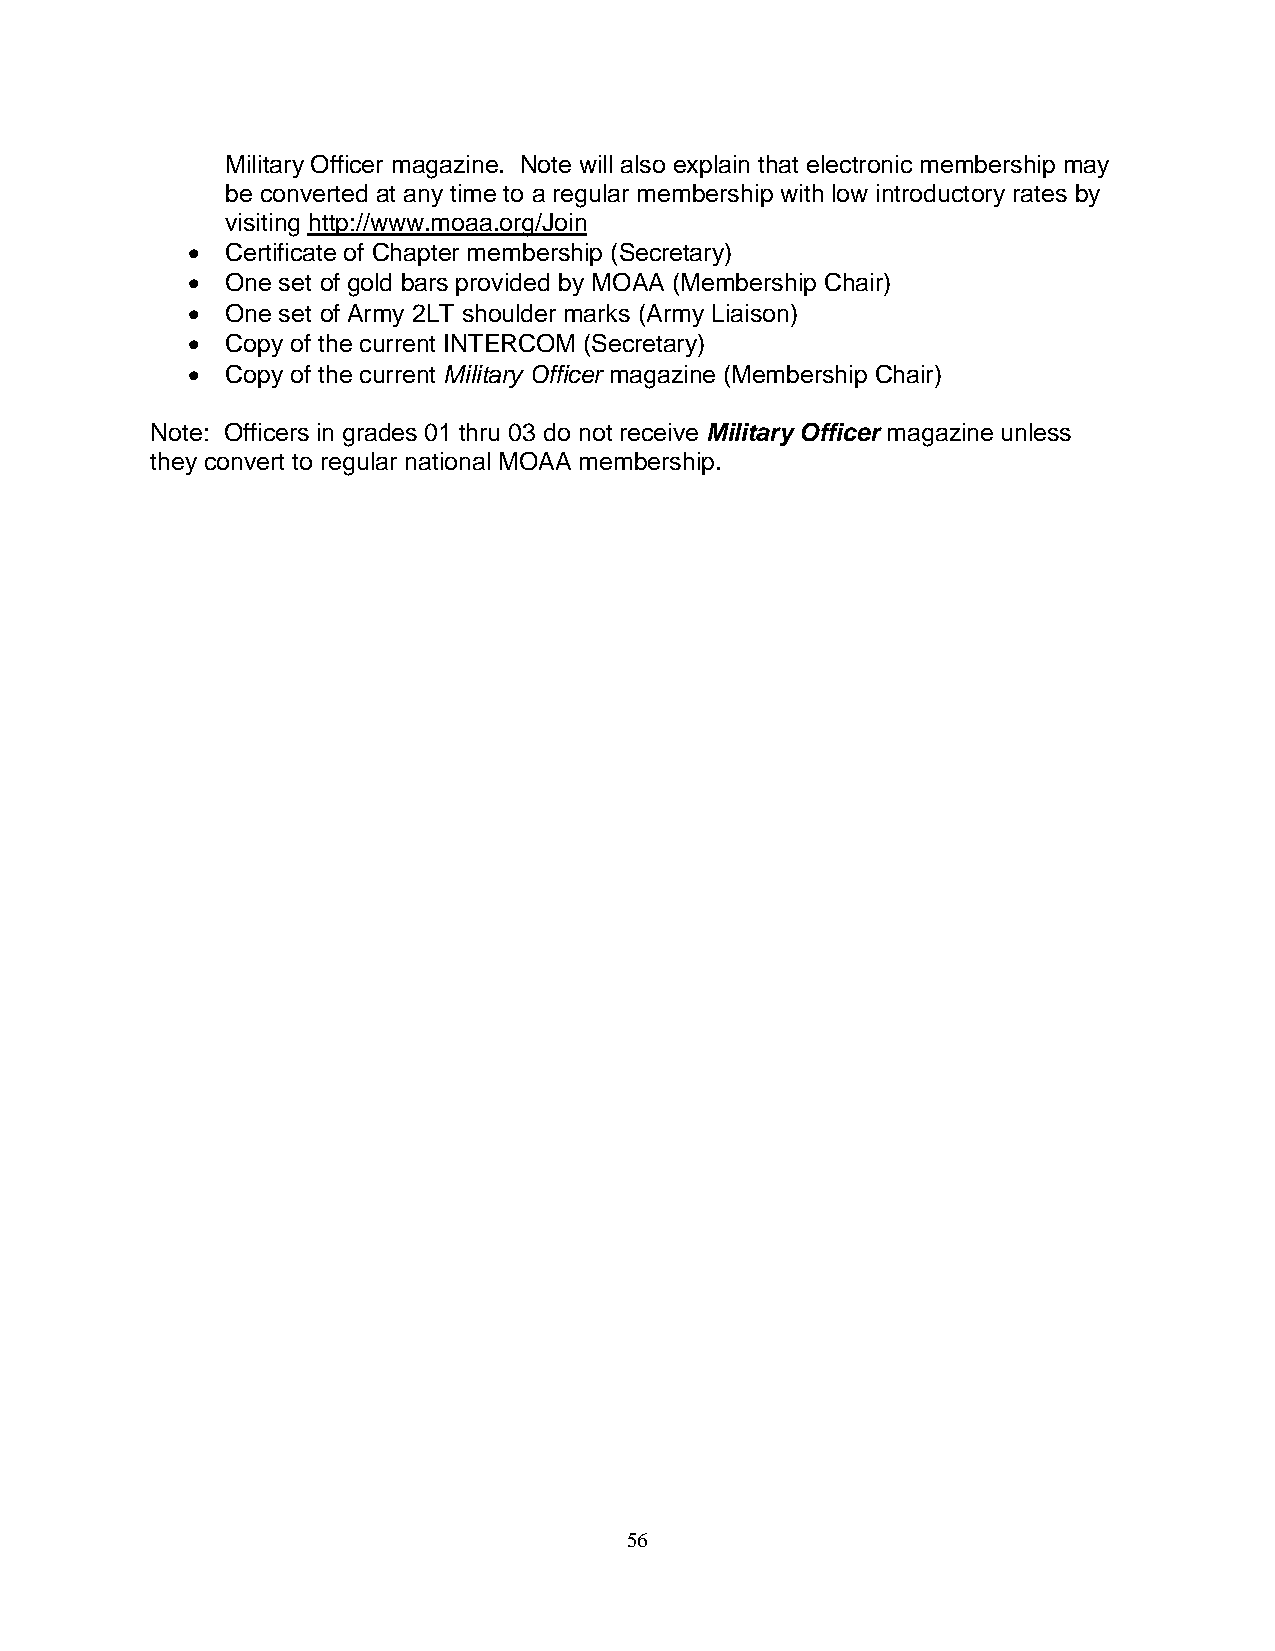
Military Officer magazine. Note will also explain that electronic membership may
 be converted at any time to a regular membership with low introductory rates by
 visiting http://www.moaa.org/Join
 •  Certificate of Chapter membership (Secretary)
 •  One set of gold bars provided by MOAA (Membership Chair)
 •  One set of Army 2LT shoulder marks (Army Liaison)
 •  Copy of the current INTERCOM (Secretary)
 •  Copy of the current Military Officer magazine (Membership Chair)
 Note: Officers in grades 01 thru 03 do not receive Military Officer magazine unless
 they convert to regular national MOAA membership.
 56